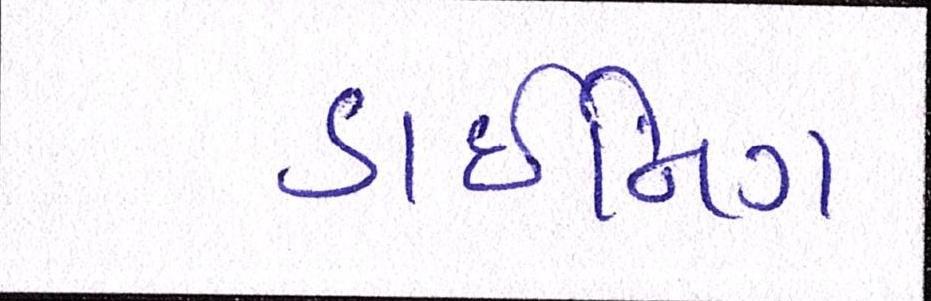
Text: ડાઈનિંગ